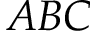
A B C